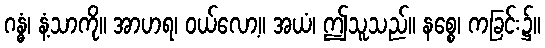
ဂန္ဓံ၊ နံ့သာကို။ အာဟရ၊ ဝယ်လော့။ အယံ၊ ဤသူသည်။ နစ္စေ၊ ကခြင်း၌။